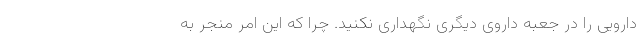
دارویی را در جعبه داروی دیگری نگهداری نکنید. چرا که این امر منجر به